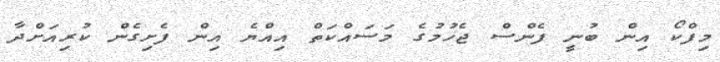
މިފްކޯ އިން ބުނީ ފެންސް ޖެހުމުގެ މަސައްކަތް އިއްޔެ އިން ފެށިގެން ކުރިއަށްދާ